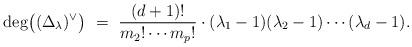
LaTeX: \begin{align*}{\rm deg}\bigl((\Delta_\lambda)^\vee \bigr) \,\, = \,\, \frac{(d+1) !}{m_2 ! \cdots m_p!}\cdot (\lambda_1-1)(\lambda_2 - 1) \cdots (\lambda_d-1).\end{align*}